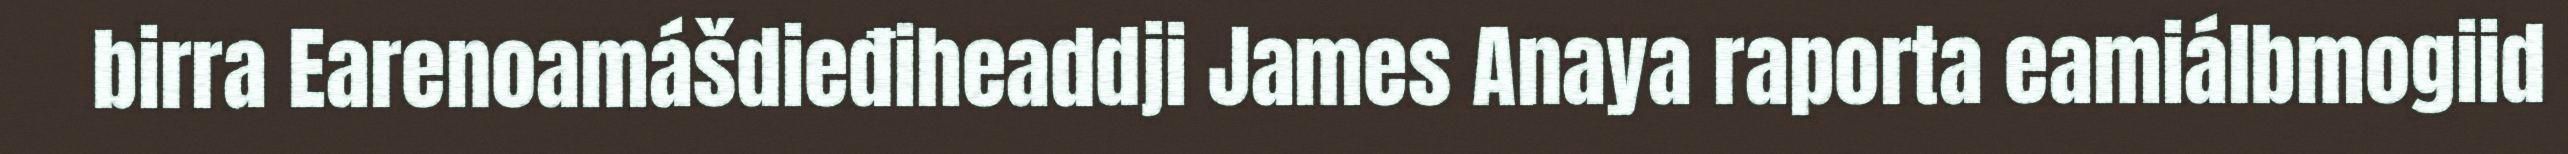
birra Earenoamášdieđiheaddji James Anaya raporta eamiálbmogiid